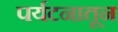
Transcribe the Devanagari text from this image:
पर्यटनातून